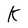
Character: K